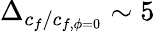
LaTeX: \Delta_{c_{f}/c_{f,\phi=0}}\sim 5\